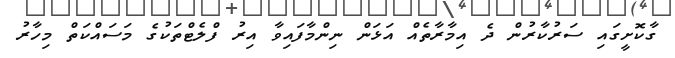
ގާކޮށީގައި ސަރުކާރުން ދެ އިމާރާތެއް އަޅަން ނިންމާފައިވާ އިރު ފްލެޓްތަކުގެ މަސައްކަތް މިހާރު